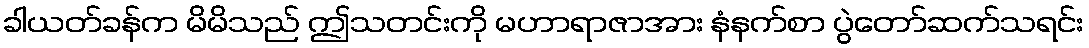
ခါယတ်ခန်က မိမိသည် ဤသတင်းကို မဟာရာဇာအား နံနက်စာ ပွဲတော်ဆက်သရင်း